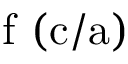
\mathrm { f \ ( c / a ) }